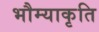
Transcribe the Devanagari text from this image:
भौम्याकृति